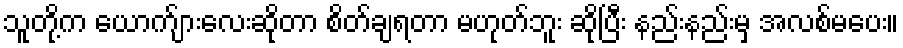
သူတို့က ယောက်ျားလေးဆိုတာ စိတ်ချရတာ မဟုတ်ဘူး ဆိုပြီး နည်းနည်းမှ အလစ်မပေး။